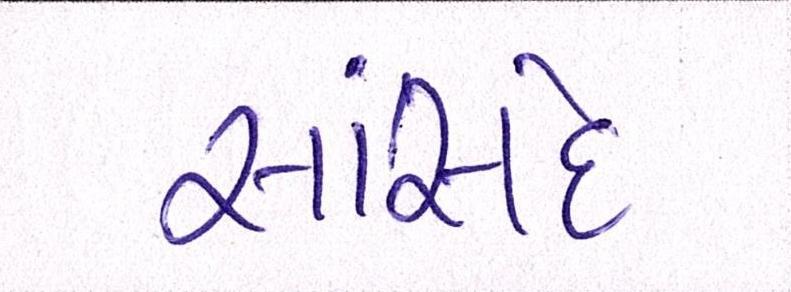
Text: સાંસદે